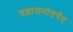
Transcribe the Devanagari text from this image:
प्रशासनांतर्गंत